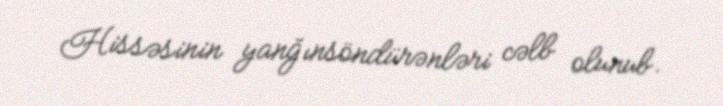
Hissəsinin yanğınsöndürənləri cəlb olunub.